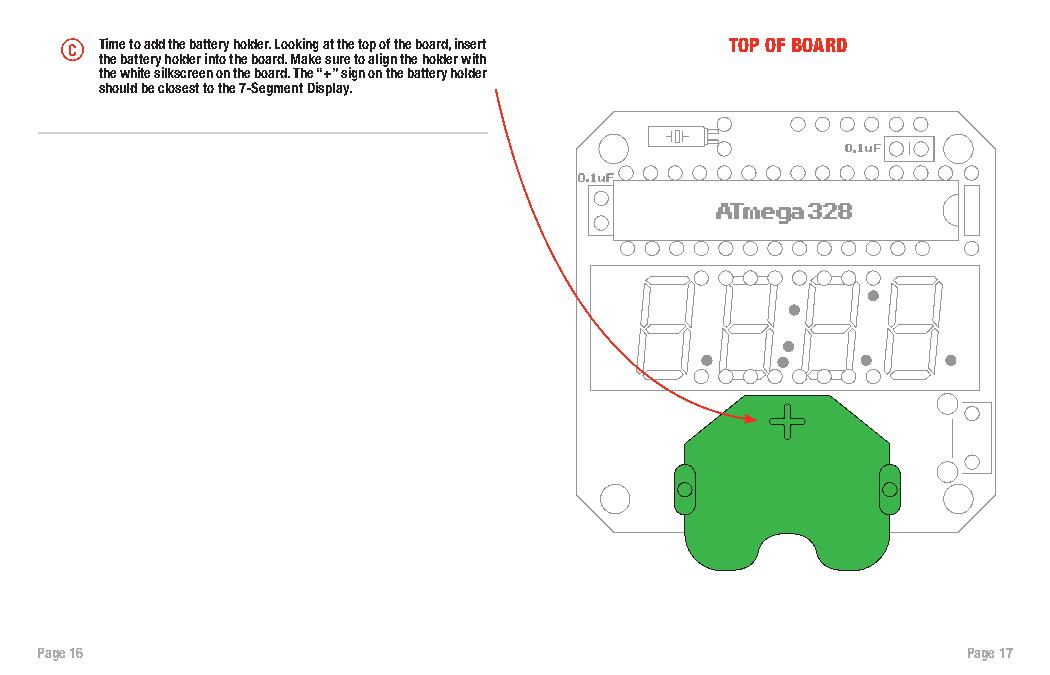
C Time to add the battery holder. Looking at the top of the board, insert TOP OF BOARD
 the battery holder into the board. Make sure to align the holder with
 the white silkscreen on the board. The “+” sign on the battery holder
 should be closest to the 7-Segment Display.
 Page 16                                                       Page 17